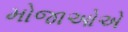
મોજાઓએ